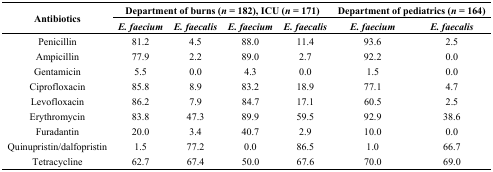
<table><thead><tr><td rowspan="2"><b>Antibiotics</b></td><td colspan="4"><b>Department of burns (<i>n</i> = 182), ICU (<i>n</i> = 171)</b></td><td colspan="2"><b>Department of pediatrics (<i>n</i> = 164)</b></td></tr><tr><td><b><i>E. faecium</i></b></td><td><b><i>E. faecalis</i></b></td><td><b><i>E. faecium</i></b></td><td><b><i>E. faecalis</i></b></td><td><b><i>E. faecium</i></b></td><td><b><i>E. faecalis</i></b></td></tr></thead><tbody><tr><td>Penicillin</td><td>81.2</td><td>4.5</td><td>88.0</td><td>11.4</td><td>93.6</td><td>2.5</td></tr><tr><td>Ampicillin</td><td>77.9</td><td>2.2</td><td>89.0</td><td>2.7</td><td>92.2</td><td>0.0</td></tr><tr><td>Gentamicin</td><td>5.5</td><td>0.0</td><td>4.3</td><td>0.0</td><td>1.5</td><td>0.0</td></tr><tr><td>Ciprofloxacin</td><td>85.8</td><td>8.9</td><td>83.2</td><td>18.9</td><td>77.1</td><td>4.7</td></tr><tr><td>Levofloxacin</td><td>86.2</td><td>7.9</td><td>84.7</td><td>17.1</td><td>60.5</td><td>2.5</td></tr><tr><td>Erythromycin</td><td>83.8</td><td>47.3</td><td>89.9</td><td>59.5</td><td>92.9</td><td>38.6</td></tr><tr><td>Furadantin</td><td>20.0</td><td>3.4</td><td>40.7</td><td>2.9</td><td>10.0</td><td>0.0</td></tr><tr><td>Quinupristin/dalfopristin</td><td>1.5</td><td>77.2</td><td>0.0</td><td>86.5</td><td>1.0</td><td>66.7</td></tr><tr><td>Tetracycline</td><td>62.7</td><td>67.4</td><td>50.0</td><td>67.6</td><td>70.0</td><td>69.0</td></tr></tbody></table>